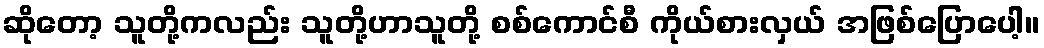
ဆိုတော့ သူတို့ကလည်း သူတို့ဟာသူတို့ စစ်ကောင်စီ ကိုယ်စားလှယ် အဖြစ်ပြောပေါ့။